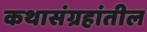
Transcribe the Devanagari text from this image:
कथासंग्रहांतील